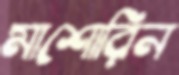
মাশোরিন